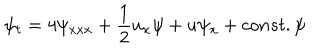
LaTeX: \psi _ { t } = 4 \psi _ { x x x } + { \frac { 1 } { 2 } } u _ { x } \psi + u \psi _ { x } + c o n s t . \psi